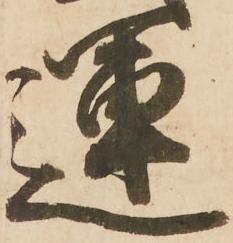
運